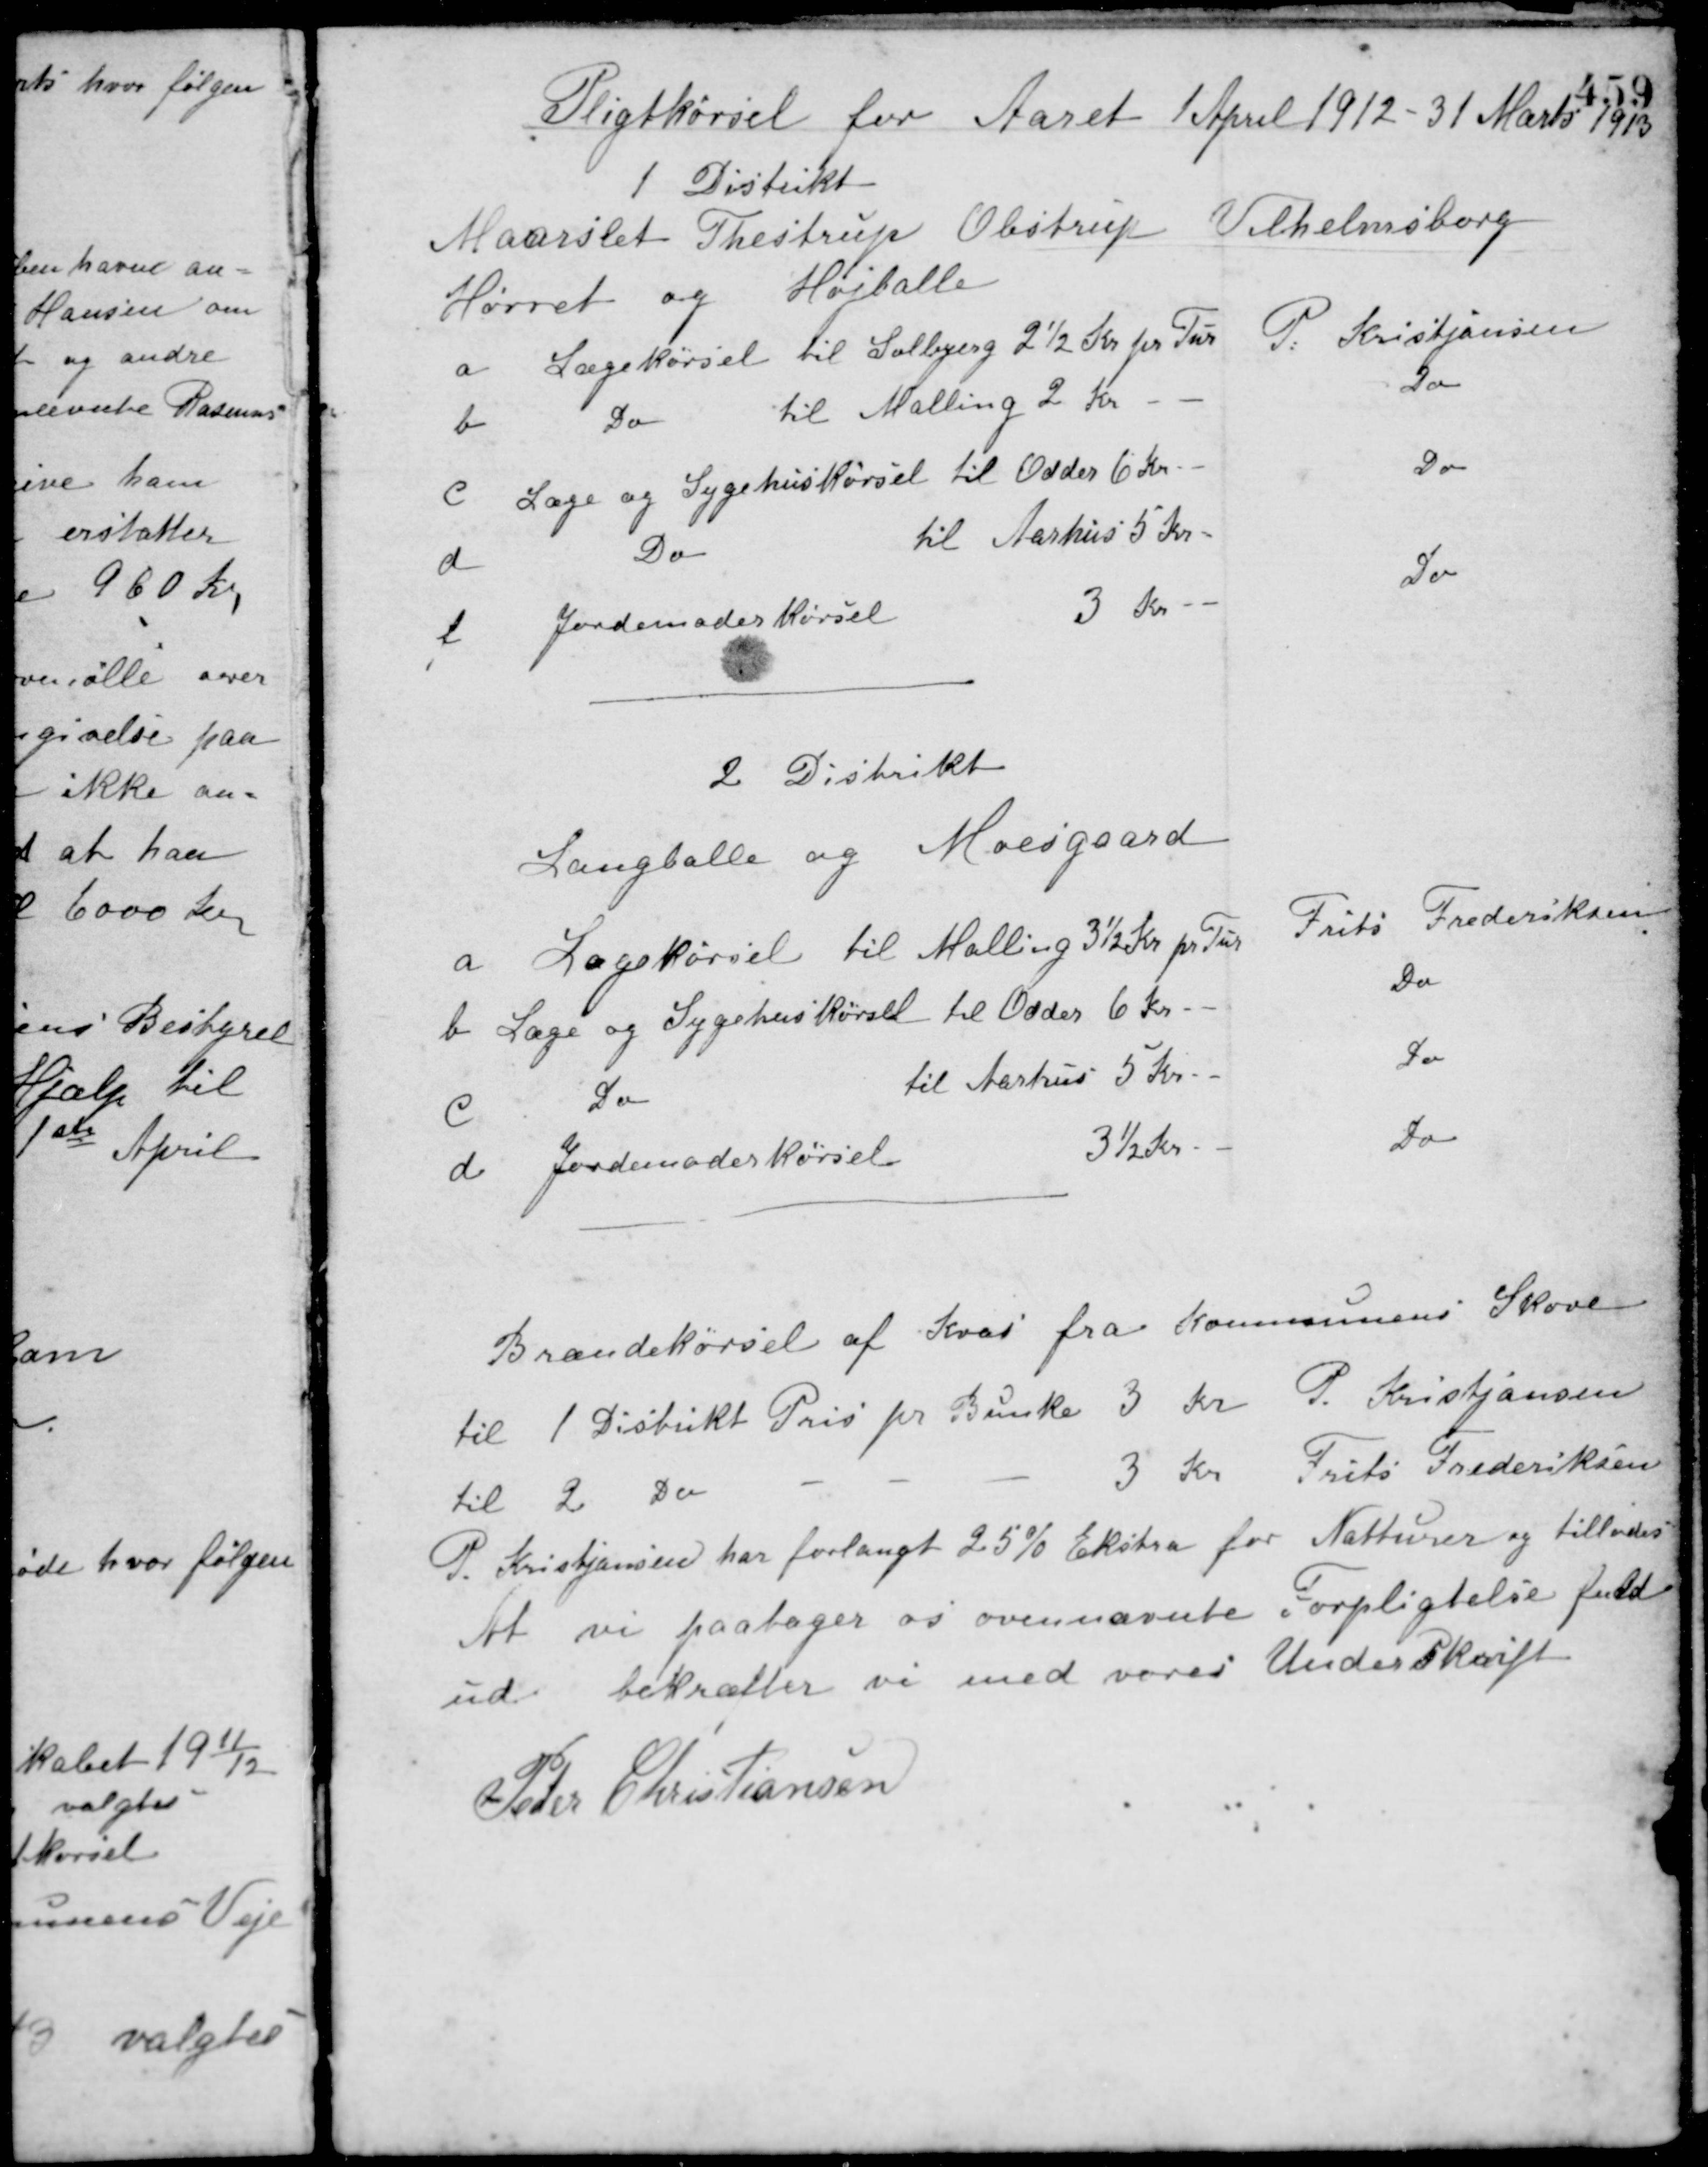
Transskription:
Pligtkørsel for Aaret 1 April 1912 - 31 Marts 1913
1 Distrikt
Maarslet Thestrup Obstrup Vilhelmsborg
Hørret og Højballe
a Lægekørsel til Solbjerg 2½ Kr. pr. Tur
P. Kristiansen
b Do til Malling 2 Kr - -
Do
c Læge og Sygehuskørsel til Odder 6 Kr. - -
Do
d Do til Aarhus 5 Kr. - -
e Jordemoderkørsel 3 Kr. - -
Do
2 Distrikt
Langballe og Moesgaard
a Lægekørsel til Malling 3½ Kr. pr. Tur
Frits Frederiksen
b Læge og Sygehuskørsel til Odder 6 Kr. - -
Do
c Do til Aarhus 5 Kr. - -
Do
d Jordemoderkørsel 3½ Kr. - -
Do
Brændekørsel af Kvas fra Kommunens Skove
til 1 Distrikt Pris pr. Bunke 3 Kr. P. Kristjansen
til 2 Do 3 Kr. Frits Frederiksen.
P. Kristiansen har forlangt 25% Ekstra for Natturer og tillodes.
At vi paatager os ovennævnte Forpligtelse fuld
ud bekræfter vi med vores Underskrift
Peder Christiansen